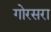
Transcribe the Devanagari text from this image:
गोरसरा